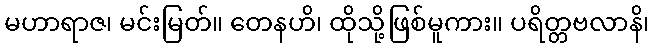
မဟာရာဇ၊ မင်းမြတ်။ တေနဟိ၊ ထိုသို့ဖြစ်မူကား။ ပရိတ္တဗလာနိ၊